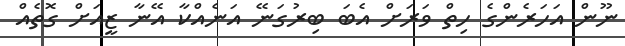
ނޫން އަހަރެންގެ ހިތް ވަރަށް އެބަ ބިރުގަނޭ އަނެއްކާ އޭނާ ޒީއަށް ގޮތެއް